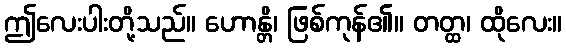
ဤလေးပါးတို့သည်။ ဟောန္တိ၊ ဖြစ်ကုန်၏။ တတ္ထ၊ ထိုလေး။